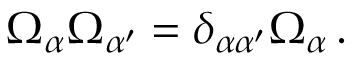
\Omega _ { \alpha } \Omega _ { \alpha ^ { \prime } } = \delta _ { \alpha \alpha ^ { \prime } } \Omega _ { \alpha } \, .